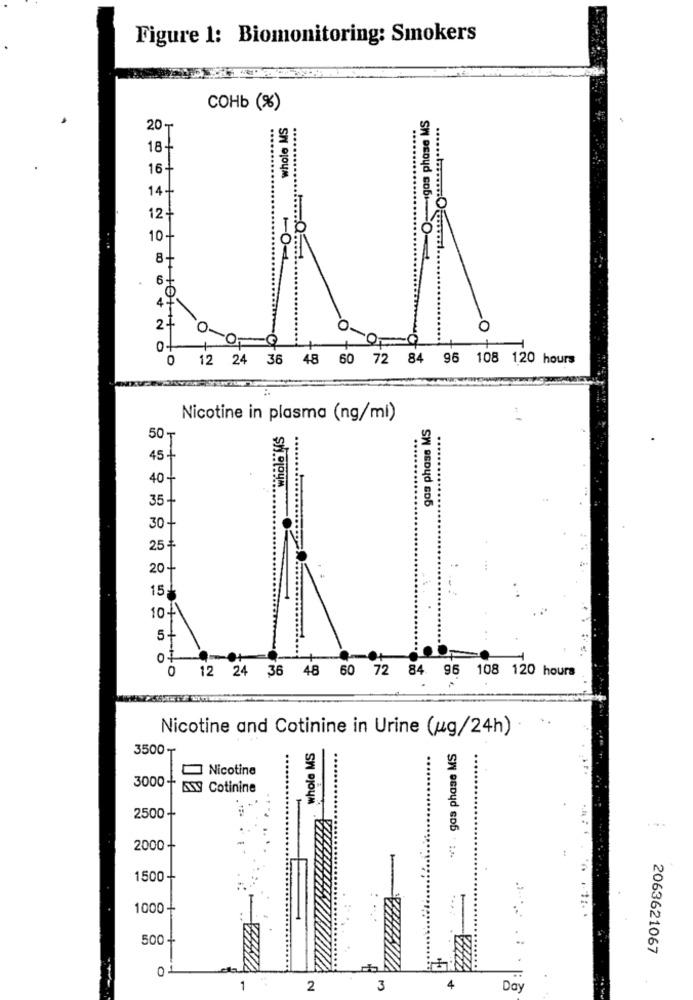
Figure 1: Biomonitoring: Smokers
сонь (*)
migos phase MS
whole MS
20-
18+
....
16-
14+
12+
10+
8+
6+
47
24
0.
O
0-
0
12 24 36 48 60 72 84 96 108 120 hours
Nicotine in plasma (ng/ml)
gas phase MS
50-
....
45+
who
40+
........
35 -
30 +
25 +
20+
.
15
10+
5+
0
12 24 36 48 60 72 84 96 108 120 hours
Nicotine and Cotinine in Urine (ug/24h)
3500₸
whole MS
***: . gas phase MS
Nicotine
..
3000 +
ANY Cotinine
2500
2000 +
1500-
1000-
500 -
2063621067
0
1
2
3
4
Day